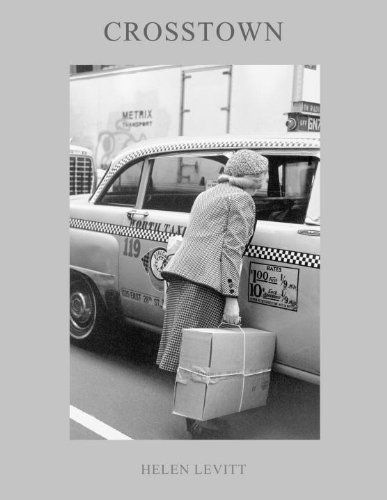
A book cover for Crosstown; Helen Levitt; Arts & Photography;